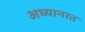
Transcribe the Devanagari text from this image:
अध्यानरत